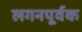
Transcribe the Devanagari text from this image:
लगनपूर्वक